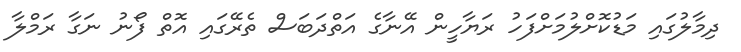
ދިމާލުގައި މަޑުކޮށްލުމަށްފަހު ރަޔާހީން އޭނާގެ އަތްދަބަސް ތެރޭގައި އޮތް ފޯނު ނަގާ ރަމްލާ